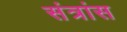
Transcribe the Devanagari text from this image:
संत्रांस